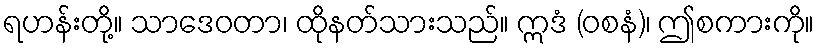
ရဟန်းတို့။ သာဒေဝတာ၊ ထိုနတ်သားသည်။ ဣဒံ (ဝစနံ)၊ ဤစကားကို။